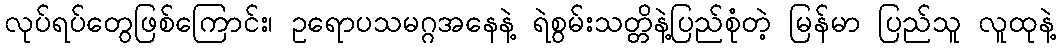
လုပ်ရပ်တွေဖြစ်ကြောင်း၊ ဥရောပသမဂ္ဂအနေနဲ့ ရဲစွမ်းသတ္တိနဲ့ပြည်စုံတဲ့ မြန်မာ ပြည်သူ လူထုနဲ့